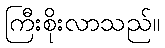
ကြီးစိုးလာသည်။